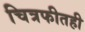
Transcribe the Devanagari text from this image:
चित्रफीतही